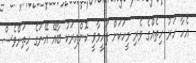
އެހާ ހަރު ހިތެއްގެ ވެރި މީހަކަށް ފަހީމާވީ ކޮންއިރަކު ބާއޭ އޭނަގެ ހިތަށްވެސް